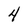
Character: 4